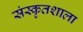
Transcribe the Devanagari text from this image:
संस्कृतशाला